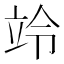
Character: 竛